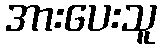
အားပေးသူ